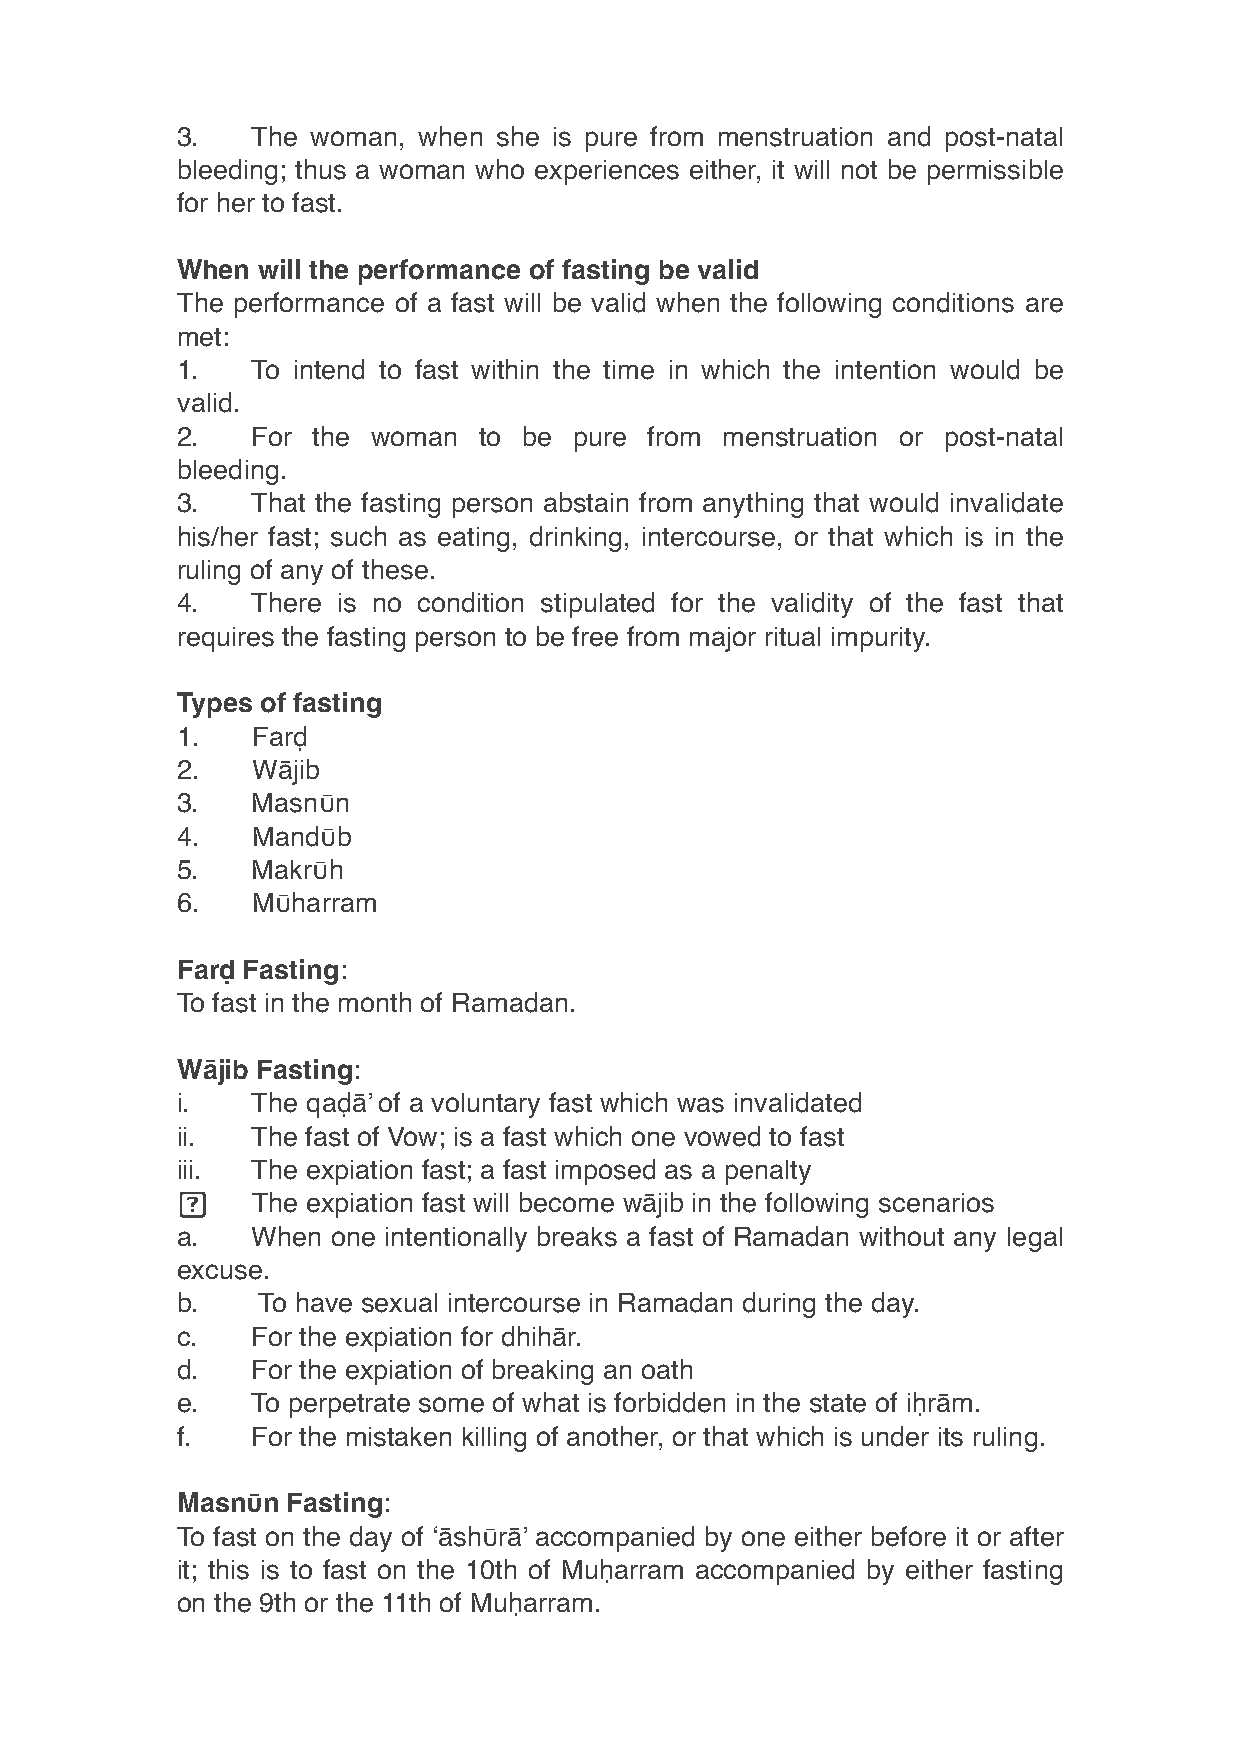
3.   The woman, when she is pure from menstruation and post-natal
 bleeding; thus a woman who experiences either, it will not be permissible
 for her to fast.
 When will the performance of fasting be valid
 The performance of a fast will be valid when the following conditions are
 met:
 1.   To intend to fast within the time in which the intention would be
 valid.
 2.   For the woman  to be pure from menstruation or post-natal
 bleeding.
 3.   That the fasting person abstain from anything that would invalidate
 his/her fast; such as eating, drinking, intercourse, or that which is in the
 ruling of any of these.
 4.   There is no condition stipulated for the validity of the fast that
 requires the fasting person to be free from major ritual impurity.
 Types of fasting
 1.   Farḍ
 2.   Wājib
 3.   Masnῡn
 4.   Mandῡb
 5.   Makrῡh
 6.   Mῡharram
 Farḍ Fasting:
 To fast in the month of Ramadan.
 Wājib Fasting:
 i.   The qaḍā’ of a voluntary fast which was invalidated
 ii.  The fast of Vow; is a fast which one vowed to fast
 iii. The expiation fast; a fast imposed as a penalty
     The expiation fast will become wājib in the following scenarios
 a.   When one intentionally breaks a fast of Ramadan without any legal
 excuse.
 b.   To have sexual intercourse in Ramadan during the day.
 c.   For the expiation for dhihār.
 d.   For the expiation of breaking an oath
 e.   To perpetrate some of what is forbidden in the state of iḥrām.
 f.   For the mistaken killing of another, or that which is under its ruling.
 Masnῡn Fasting:
 To fast on the day of ‘āshῡrā’ accompanied by one either before it or after
 it; this is to fast on the 10th of Muḥarram accompanied by either fasting
 on the 9th or the 11th of Muḥarram.